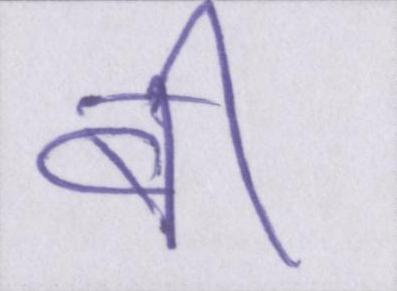
बी